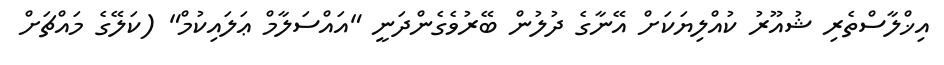
އިޚްލާސްތެރި ޝުއޫރު ކުއްލިޔަކަށް އޭނާގެ ދުލުން ބޭރުވެގެންދަނީ "އައްސަލާމް ޢަލައިކުމް" (ކަލޭގެ މައްޗަށް